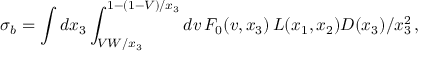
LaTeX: \sigma _ { b } = \int d x _ { 3 } \int _ { V W / x _ { 3 } } ^ { 1 - ( 1 - V ) / x _ { 3 } } d v \, F _ { 0 } ( v , x _ { 3 } ) \, { \cal L } ( x _ { 1 } , x _ { 2 } ) D ( x _ { 3 } ) / x _ { 3 } ^ { 2 } \, ,